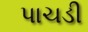
પાચડી